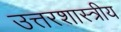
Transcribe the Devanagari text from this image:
उत्तरशास्त्रीय